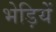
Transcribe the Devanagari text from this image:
भेड़ियें